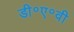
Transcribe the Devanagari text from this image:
डी॰ए॰वी